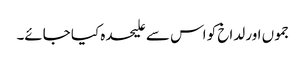
جموں اور لداخ کو اس سے علیحدہ کیا جائے۔